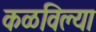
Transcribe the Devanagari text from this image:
कळविल्या